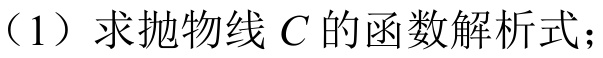
（1）求抛物线\(C\)的函数解析式；